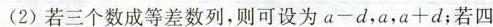
(2)若三个数成等差数列，则可设为$$a - d$$，a，$$a + d$$；若四